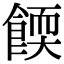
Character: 餪